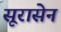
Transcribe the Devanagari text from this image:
सूरासेन